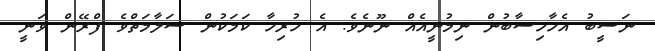
ނަސީބު އެހާހިސާބުން ނިމުނީއެއް ނޫނެވެ. އެ ހުރިހާ ކަމަކުން ސަލާމަތްވެ ފްރޭން ވަނީ